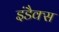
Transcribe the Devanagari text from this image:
इंडैक्स